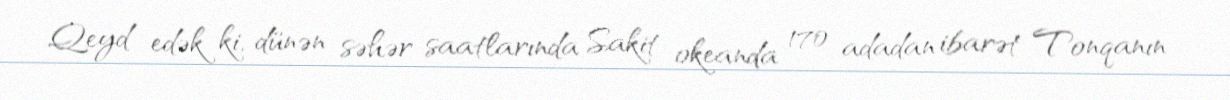
Qeyd edək ki, dünən səhər saatlarında Sakit okeanda 170 adadan ibarət Tonqanın